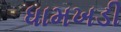
ધામખડી